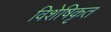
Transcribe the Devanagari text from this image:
विशेषिकृत